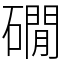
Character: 礀